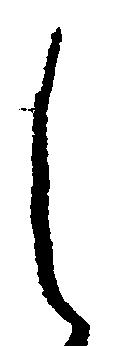
し